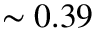
\sim 0 . 3 9